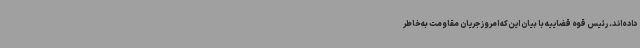
داده‌اند. رئیس قوه قضاییه با بیان این‌که امروز جریان مقاومت به‌خاطر